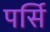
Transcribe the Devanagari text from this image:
पर्सि